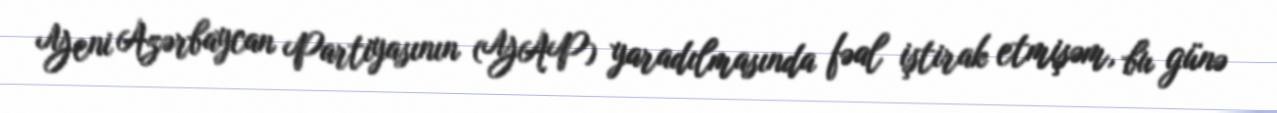
Yeni Azərbaycan Partiyasının (YAP) yaradılmasında fəal iştirak etmişəm, bu günə